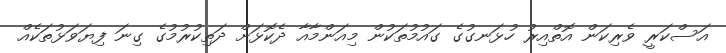
އަސްކަރީ ވެރިކަން އޮތްއިރު ހުޅަނގުގެ ގައުމުތަކުން މިއަންމާއާ ދެކޮޅަށް ދަތިކުރުމުގެ ގިނަ ފިޔަވަޅުތަކެއް